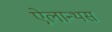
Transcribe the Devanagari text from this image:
ऐलान्थस